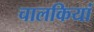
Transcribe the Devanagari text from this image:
चालकियां